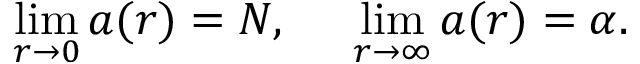
\operatorname * { l i m } _ { r \rightarrow 0 } a ( r ) = N , \: \: \: \: \: \: \operatorname * { l i m } _ { r \rightarrow \infty } a ( r ) = \alpha .